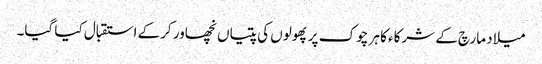
میلاد مارچ کے شرکاء کا ہر چوک پر پھولوں کی پتیاں نچھاور کرکے استقبال کیا گیا۔